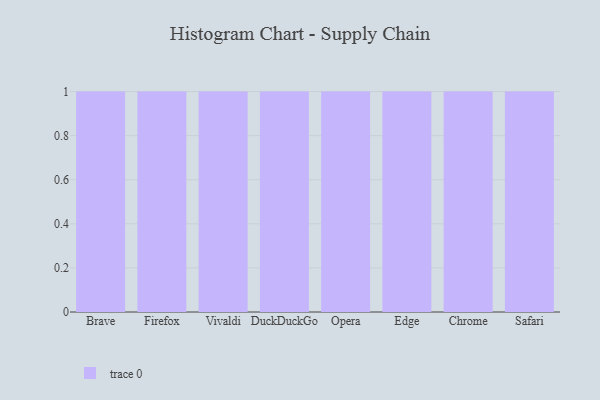
{"axis": {"x": "Browser", "y": "Backlog"}, "legend": [""], "data": [{"x": "Brave", "y": 80, "type": ""}, {"x": "Firefox", "y": 14, "type": ""}, {"x": "Vivaldi", "y": 41, "type": ""}, {"x": "DuckDuckGo", "y": 98, "type": ""}, {"x": "Opera", "y": 44, "type": ""}, {"x": "Edge", "y": 24, "type": ""}, {"x": "Chrome", "y": 22, "type": ""}, {"x": "Safari", "y": 70, "type": ""}]}